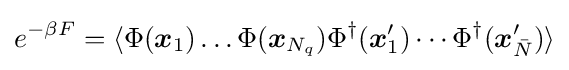
e^{-\beta F}=\langle \Phi ({\boldsymbol {x}}_{1})\dots \Phi ({\boldsymbol {x}}_{N_{q}})\Phi ^{\dagger }({\boldsymbol {x}}'_{1})\cdots \Phi ^{\dagger }({\boldsymbol {x}}_{\bar {N}}')\rangle